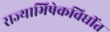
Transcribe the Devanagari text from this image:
राज्याभिषेकविधींत